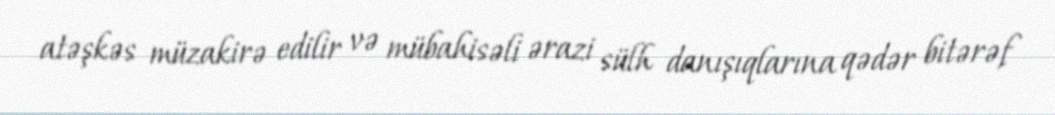
atəşkəs müzakirə edilir və mübahisəli ərazi sülh danışıqlarına qədər bitərəf